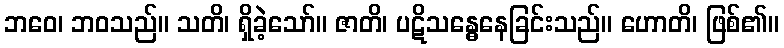
ဘဝေ၊ ဘဝသည်။ သတိ၊ ရှိခဲ့သော်။ ဇာတိ၊ ပဋိသန္ဓေနေခြင်းသည်။ ဟောတိ၊ ဖြစ်၏။